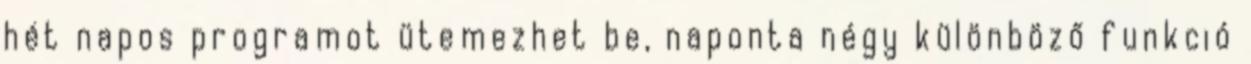
hét napos programot ütemezhet be, naponta négy különböző funkció